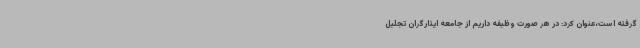
گرفته است،عنوان کرد: در هر صورت وظیفه داریم از جامعه ایثارگران تجلیل